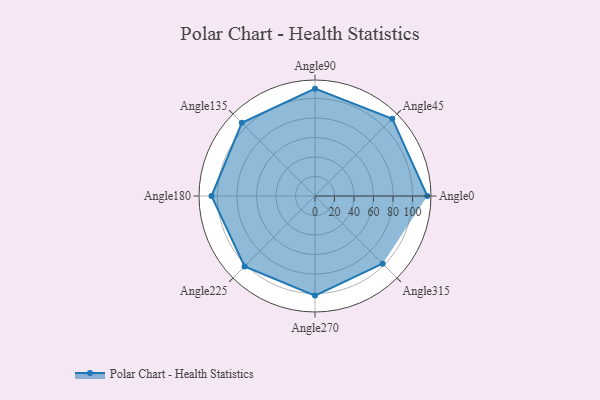
{"axis": {"x": "Angle", "y": "Radius"}, "legend": [""], "data": [{"x": "Angle0", "y": 115.0, "type": ""}, {"x": "Angle45", "y": 112.0, "type": ""}, {"x": "Angle90", "y": 110.0, "type": ""}, {"x": "Angle135", "y": 106.0, "type": ""}, {"x": "Angle180", "y": 106.0, "type": ""}, {"x": "Angle225", "y": 102.0, "type": ""}, {"x": "Angle270", "y": 102.0, "type": ""}, {"x": "Angle315", "y": 98.0, "type": ""}]}